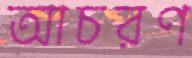
আচরণ